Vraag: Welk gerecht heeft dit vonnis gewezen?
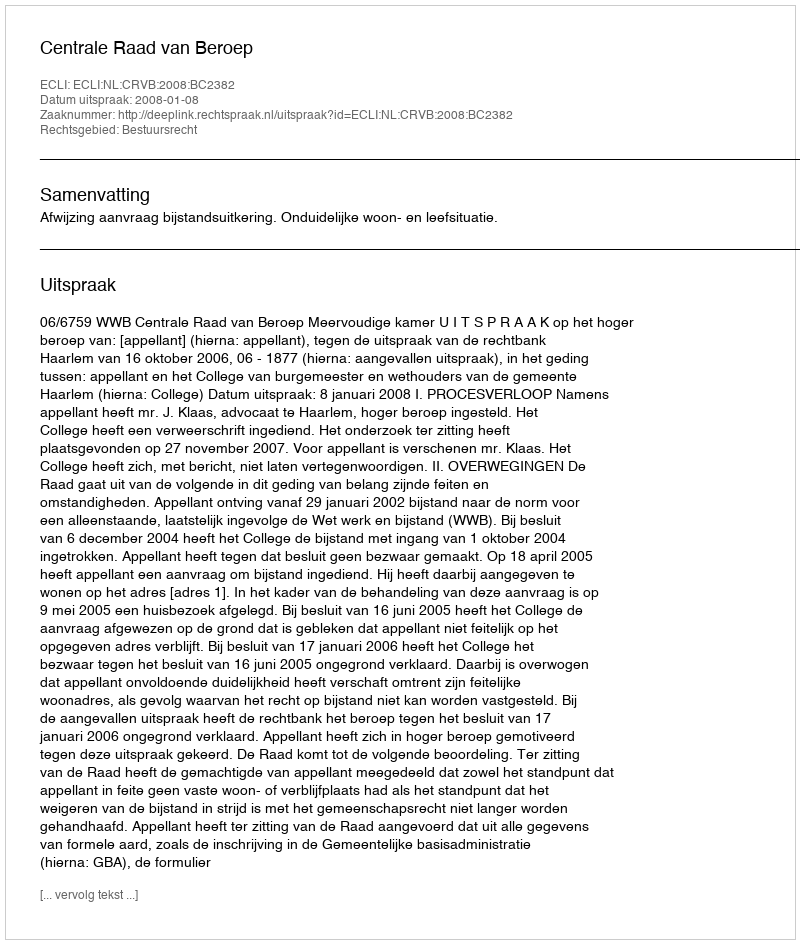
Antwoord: Centrale Raad van Beroep